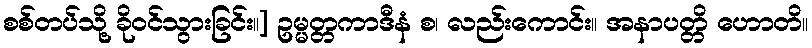
စစ်တပ်သို့ ခိုဝင်သွားခြင်း။] ဥမ္မတ္တကာဒီနံ စ၊ လည်းကောင်း။ အနာပတ္တိ ဟောတိ။